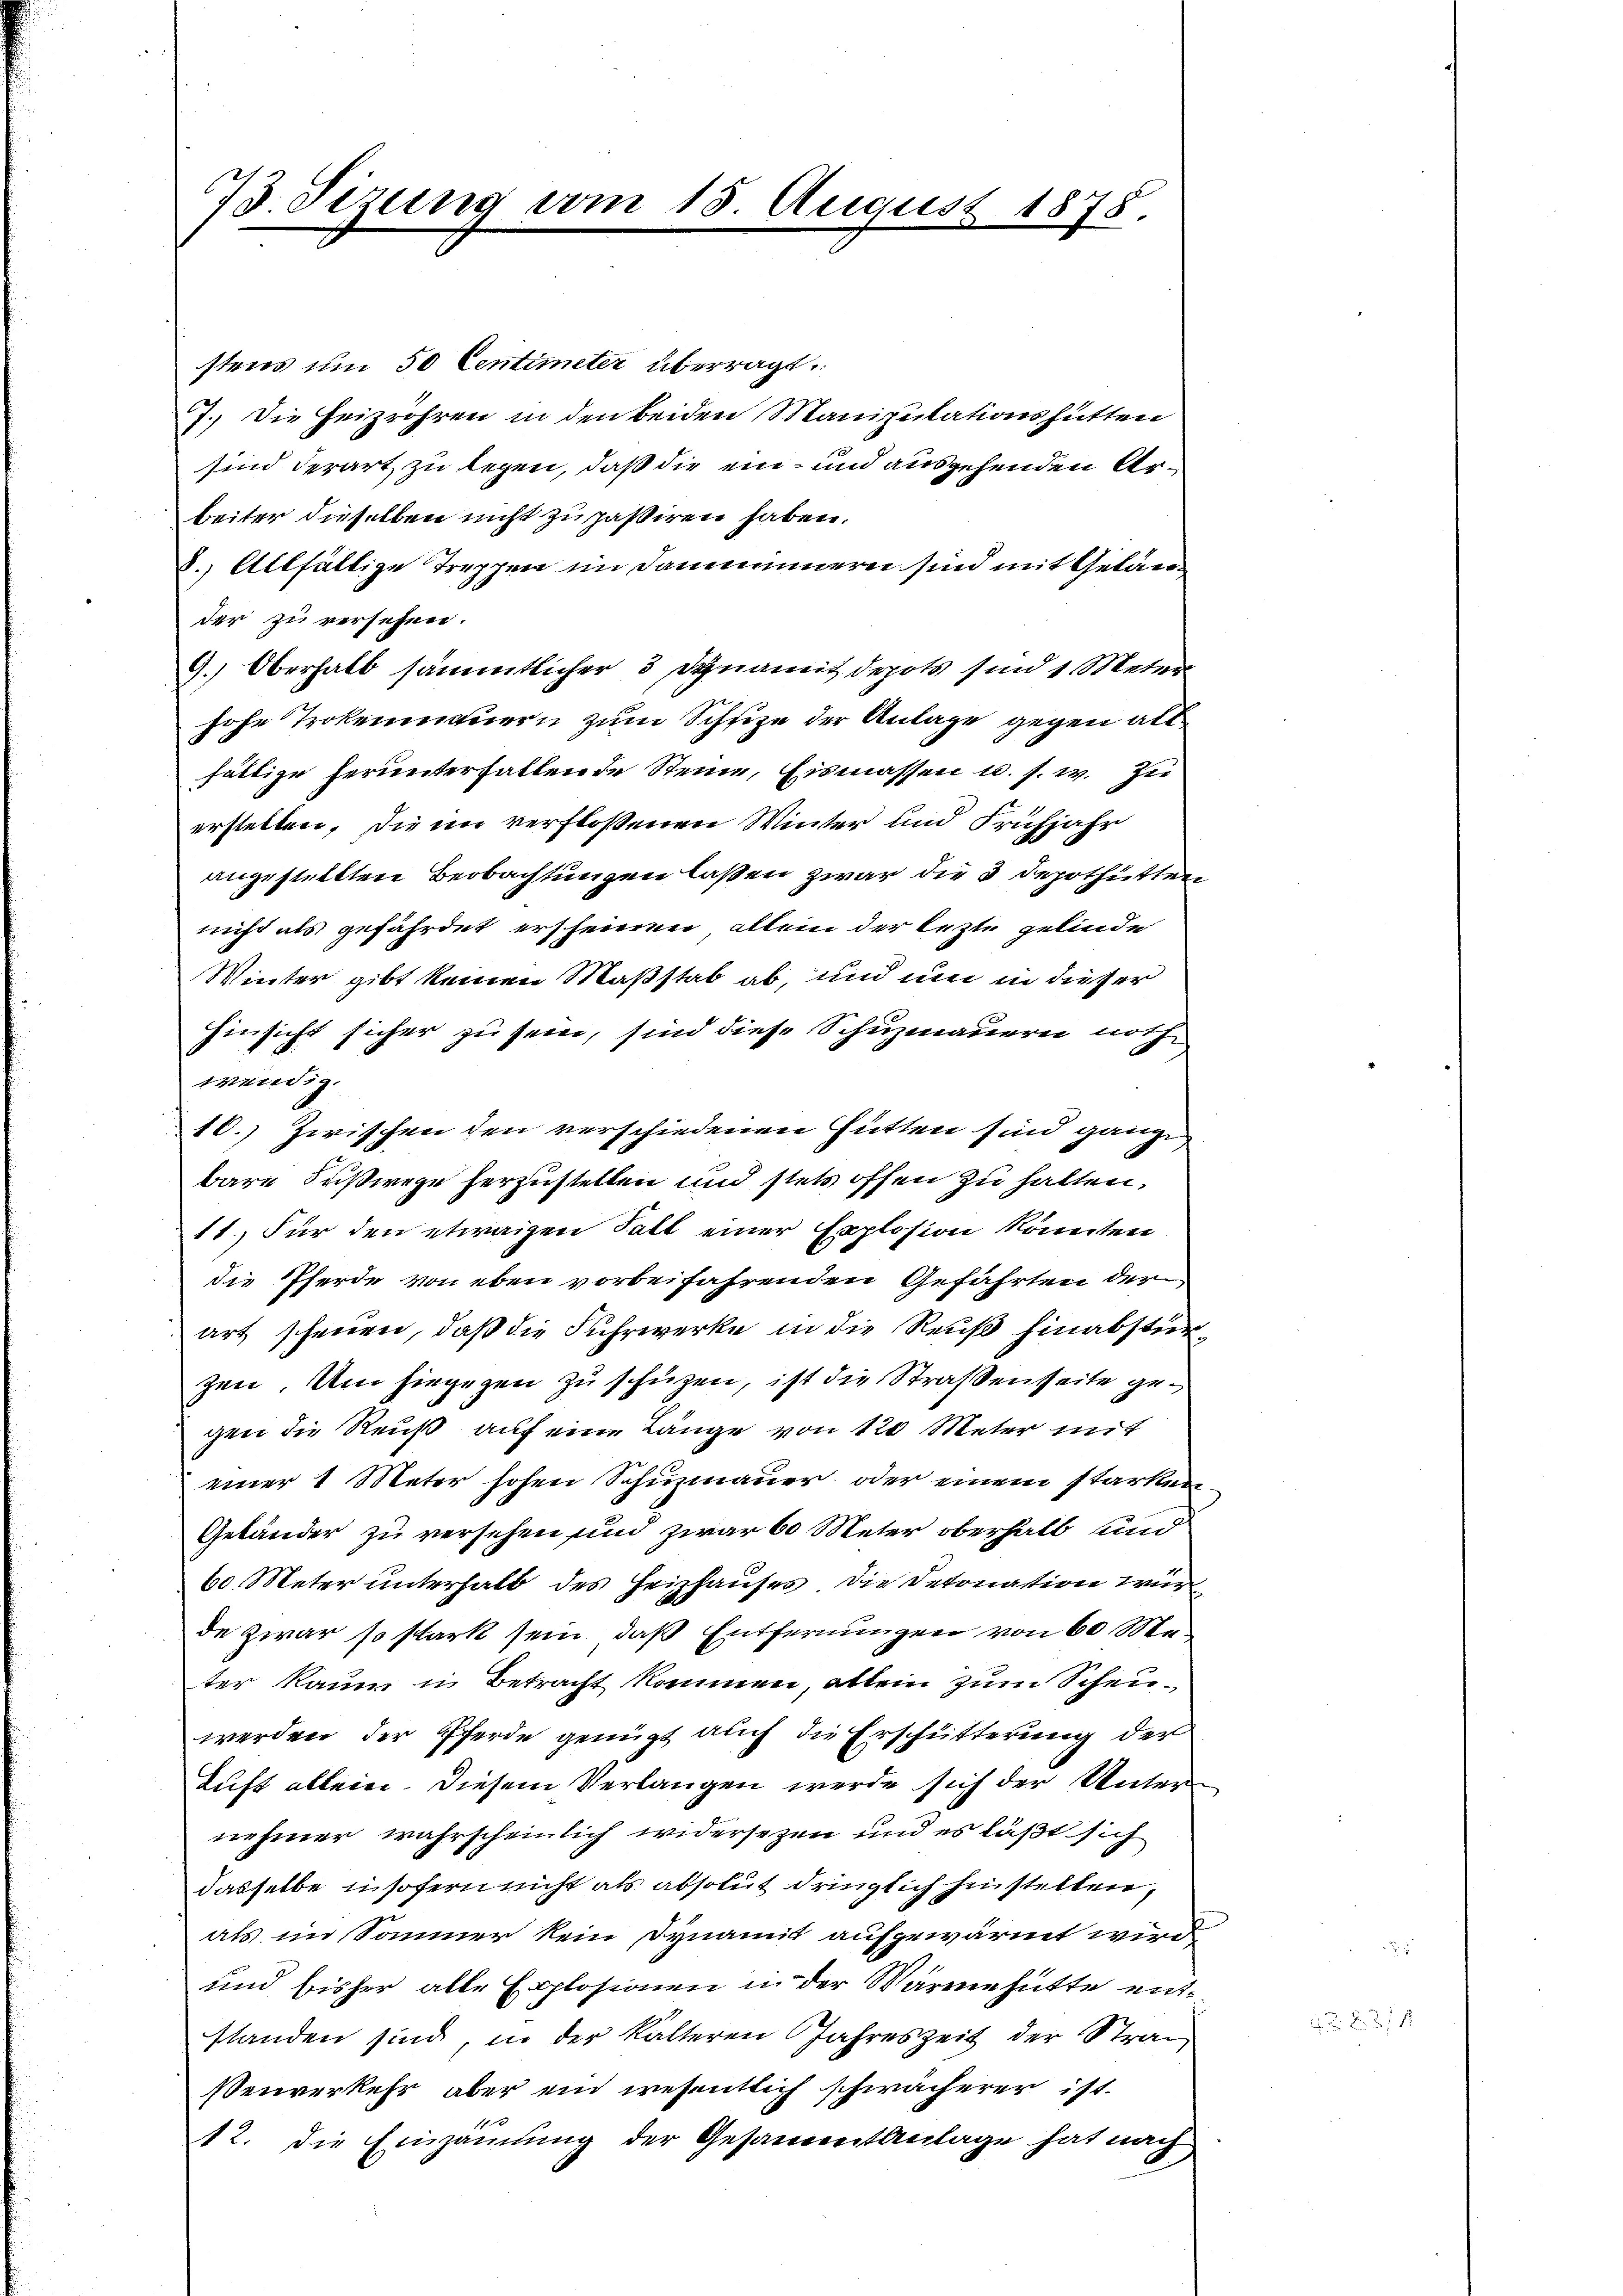
73. Sizung vom 15. August 1878.

stens um 50 Centimeter überragt.
7.) Die Heizröhren in den beiden Manipulationshütten
sind derart zu legen, daß die ein- und ausgehenden Arbeiter dieselben nicht zupassiren haben.
8.) Allfältige Treppen im Samminnern sind mit Geländer zu versehen.
9.) Oberhalb sämmtlicher, 3 Dynamit depots sind 1 Meter
hohe Trokenmauern zum Schfize der Anlage gegen altfältige herunterfallende Steine, Eismassen u. s. w. zu
erstellen. Die im verflossenen Winter und Frühjahr
angestellten Beobachtungen laßen zwar die 3 Depothütten
nicht als gefährdet ersteinen allein der lezte gelinde
Winter gibt keinen Maßstab ab, und um in dieser
hinsicht sicher zu sein, sind diese Schuzmauern noch
wendig.
10.) Zwischen den verschiedenen Hütten sind ganze
bare Fußwege herzustellen und stet offen zu halten,
11.) Für den etwaigen Fall einer Explosion könnten
die Pferde von eben vorbeifahrenden Gefährten der
art schenen, daß die Fuhrwerke in die Reuß hinabstür
zen. Um hiegegen zu schützen, ist die Straßenseite gegen die Reuß auf eine Länge von 120 Meter mit
einer 1 Meter hohen Schuzmauer oder einem starken
Gebäuder zu versehen und zwar 60 Meter oberhalb und
60 Meter unterhalb des Heizhauses, die Detonation wir
de Zwar so stark sein, daß Entfernungen von 60 Meter Raum in Betracht kommen, allein zum Scheuwerden der Pferde genügt auch die Erschütterung der
Luft allein. Diesem Verlangen werde sich der Unternehmer wahrscheinlich widersezen und es läßt sich
dasselbe insofern nicht als absolut dringlich hinstellen,
als im Sommer kein Dynamit aufgewärmt wird
und bisher alle Explosionen in der Wärme hütte entstanden sind, in der Kälteren Jahreszeit der Straßenverkehr, aber ein wesentlich schwächerer ist.
12. Die Einsammlung der Gesammtanlage hat nach